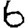
Digit: 6